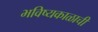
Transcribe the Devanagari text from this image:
भविष्यकाळाची